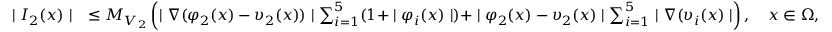
\begin{array} { r l } { \mid I _ { 2 } ( x ) \mid } & { \leq M _ { V _ { 2 } } \left( \mid \nabla ( \varphi _ { 2 } ( x ) - \upsilon _ { 2 } ( x ) ) \mid \sum _ { i = 1 } ^ { 5 } ( 1 + \mid \varphi _ { i } ( x ) \mid ) + \mid \varphi _ { 2 } ( x ) - \upsilon _ { 2 } ( x ) \mid \sum _ { i = 1 } ^ { 5 } \mid \nabla ( \upsilon _ { i } ( x ) \mid \right) , \quad x \in \Omega , } \end{array}